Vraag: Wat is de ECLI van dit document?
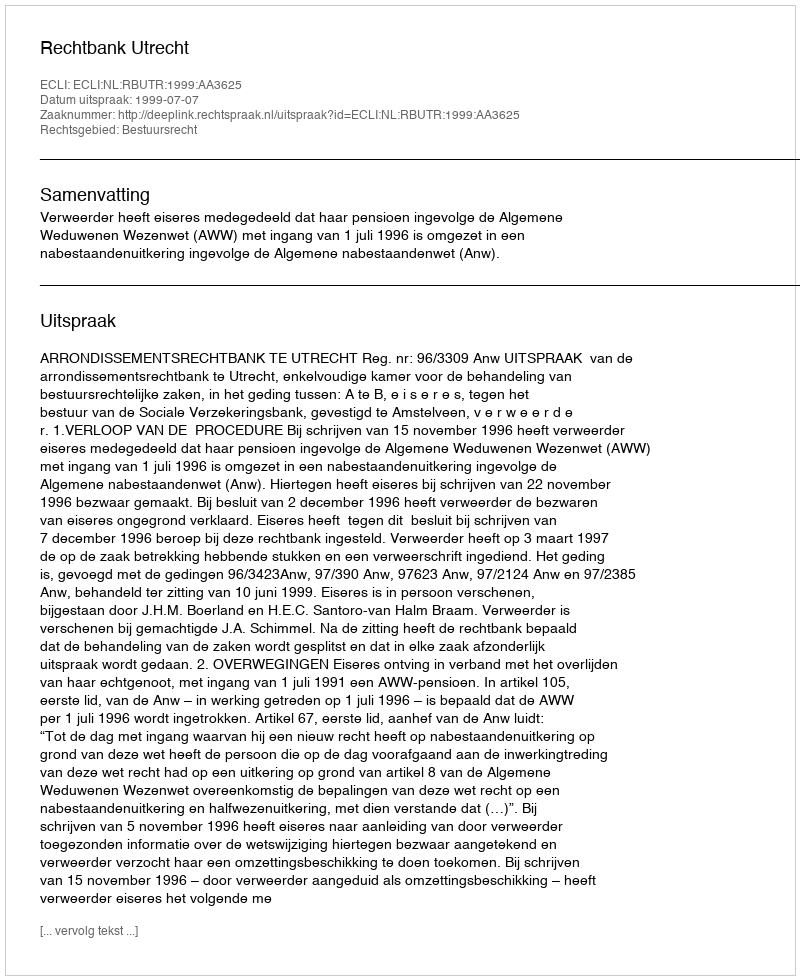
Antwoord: ECLI:NL:RBUTR:1999:AA3625